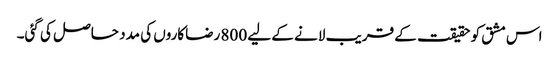
اس مشق کو حقیقت کے قریب لانے کے لیے 800 رضاکاروں کی مدد حاصل کی گئی۔